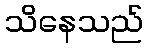
သိနေသည်